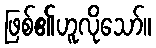
ဖြစ်၏ဟူလိုသော်။